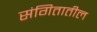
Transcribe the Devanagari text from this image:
संगितातील